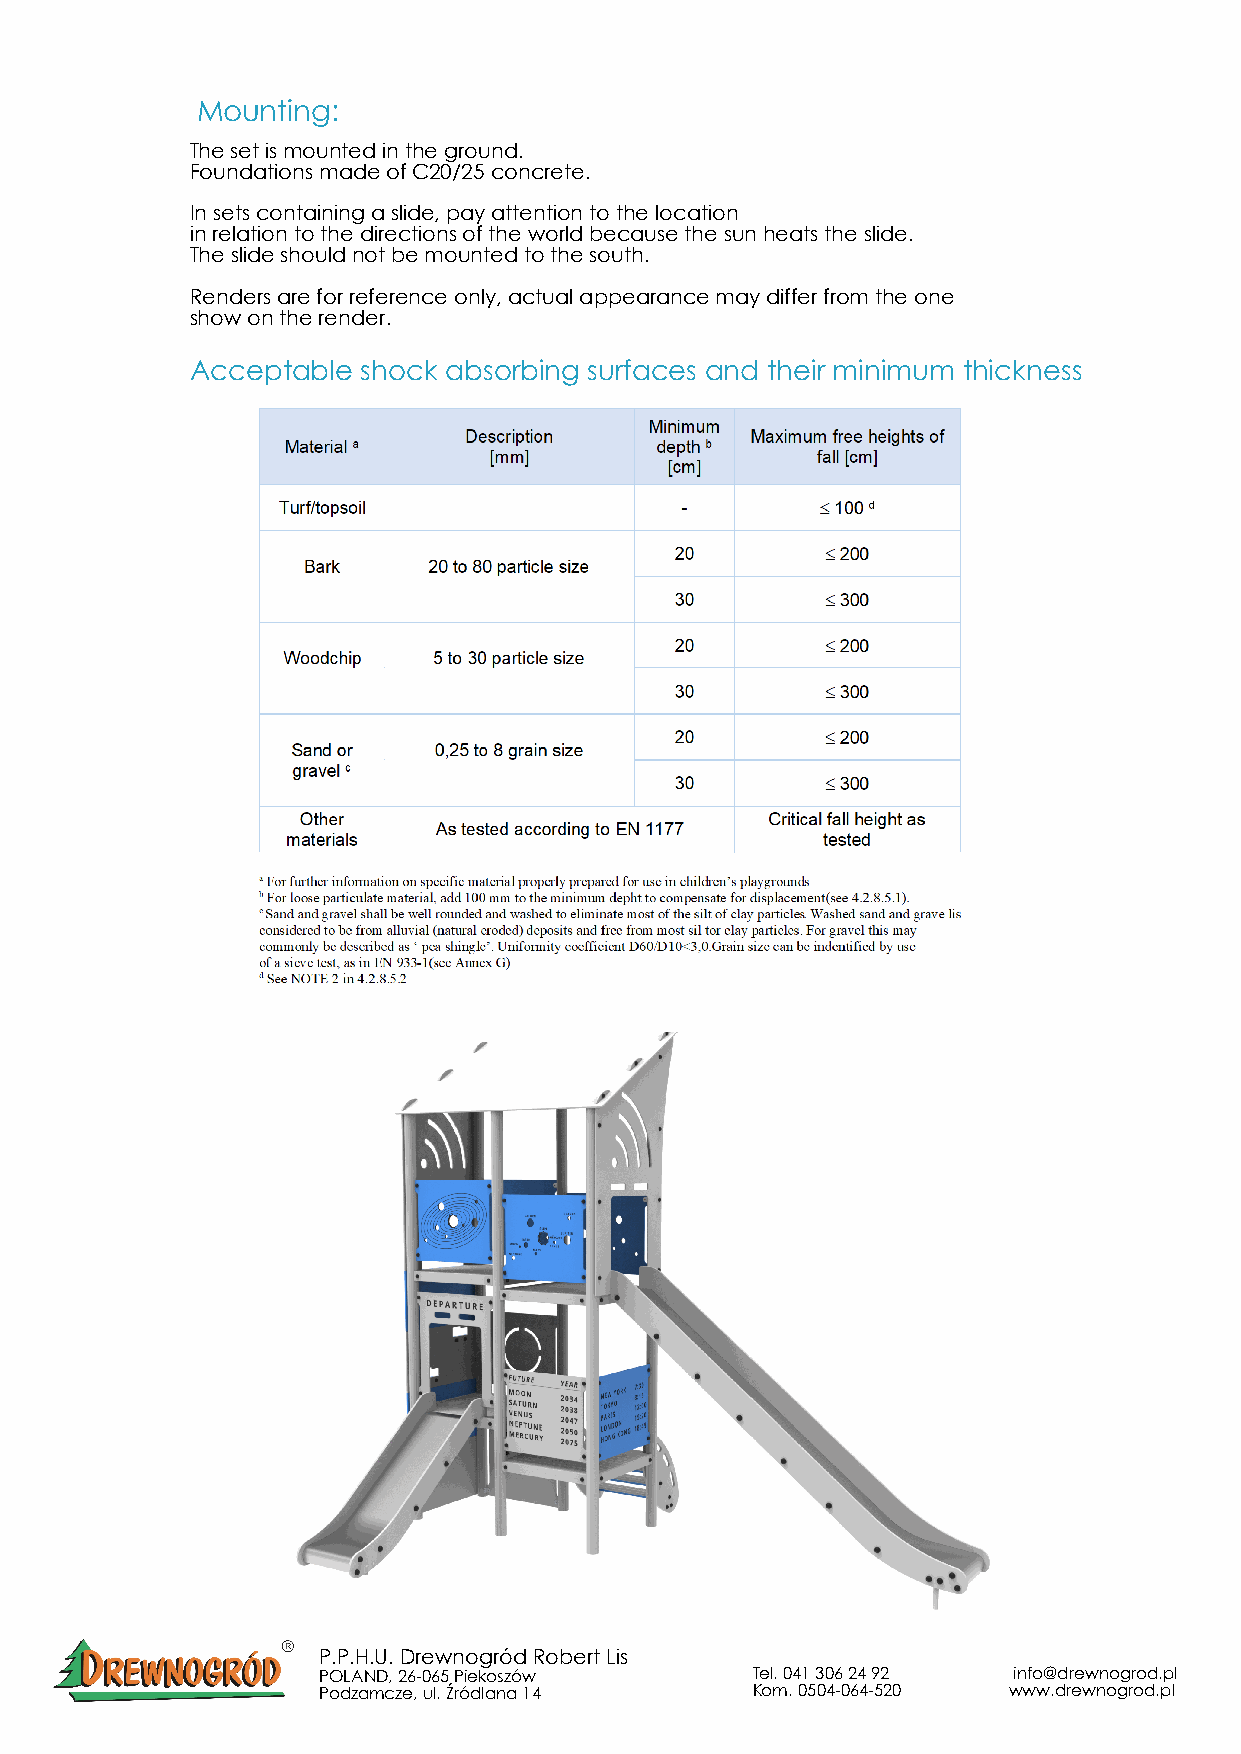
Mounting:
 The set is mounted in the ground.
 Foundations made of C20/25 concrete.
 In sets containing a slide, pay attention to the location
 in relation to the directions of the world because the sun heats the slide.
 The slide should not be mounted to the south.
 Renders are for reference only, actual appearance may differ from the one
 show on the render.
 Acceptable shock absorbing surfaces and their minimum thickness
 P.P.H.U. Drewnogród Robert Lis
 POLAND, 26-065 Piekoszów     Tel. 041 306 24 92 info@drewnogrod.pl
 Podzamcze, ul. Źródlana 14   Kom. 0504-064-520 www.drewnogrod.pl